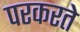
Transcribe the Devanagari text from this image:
परकरते